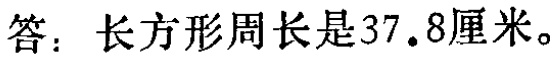
答：长方形周长是\(37.8\)厘米。